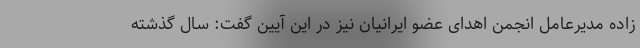
زاده مدیرعامل انجمن اهدای عضو ایرانیان نیز در این آیین گفت: سال گذشته